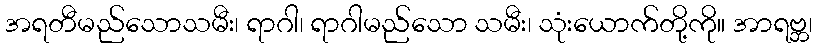
အရတီမည်သောသမီး၊ ရာဂါ၊ ရာဂါမည်သော သမီး၊ သုံးယောက်တို့ကို။ အာရဗ္ဘ၊